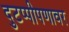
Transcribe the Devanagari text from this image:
दुटप्पीपणावर